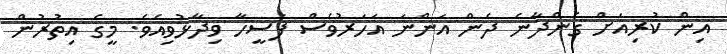
އިން ކުރިއަށް ގެންދާނެ ދެން އަންނަ އަހަރުވެސް ފަސީހާ ވިދާޅުވިއެވެ. މީގެ އިތުރުން